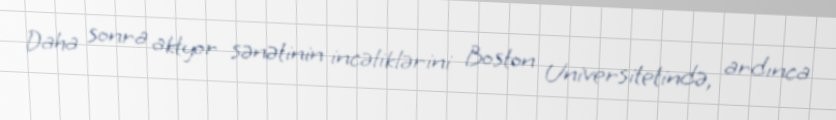
Daha sonra aktyor sənətinin incəliklərini Boston Universitetində, ardınca